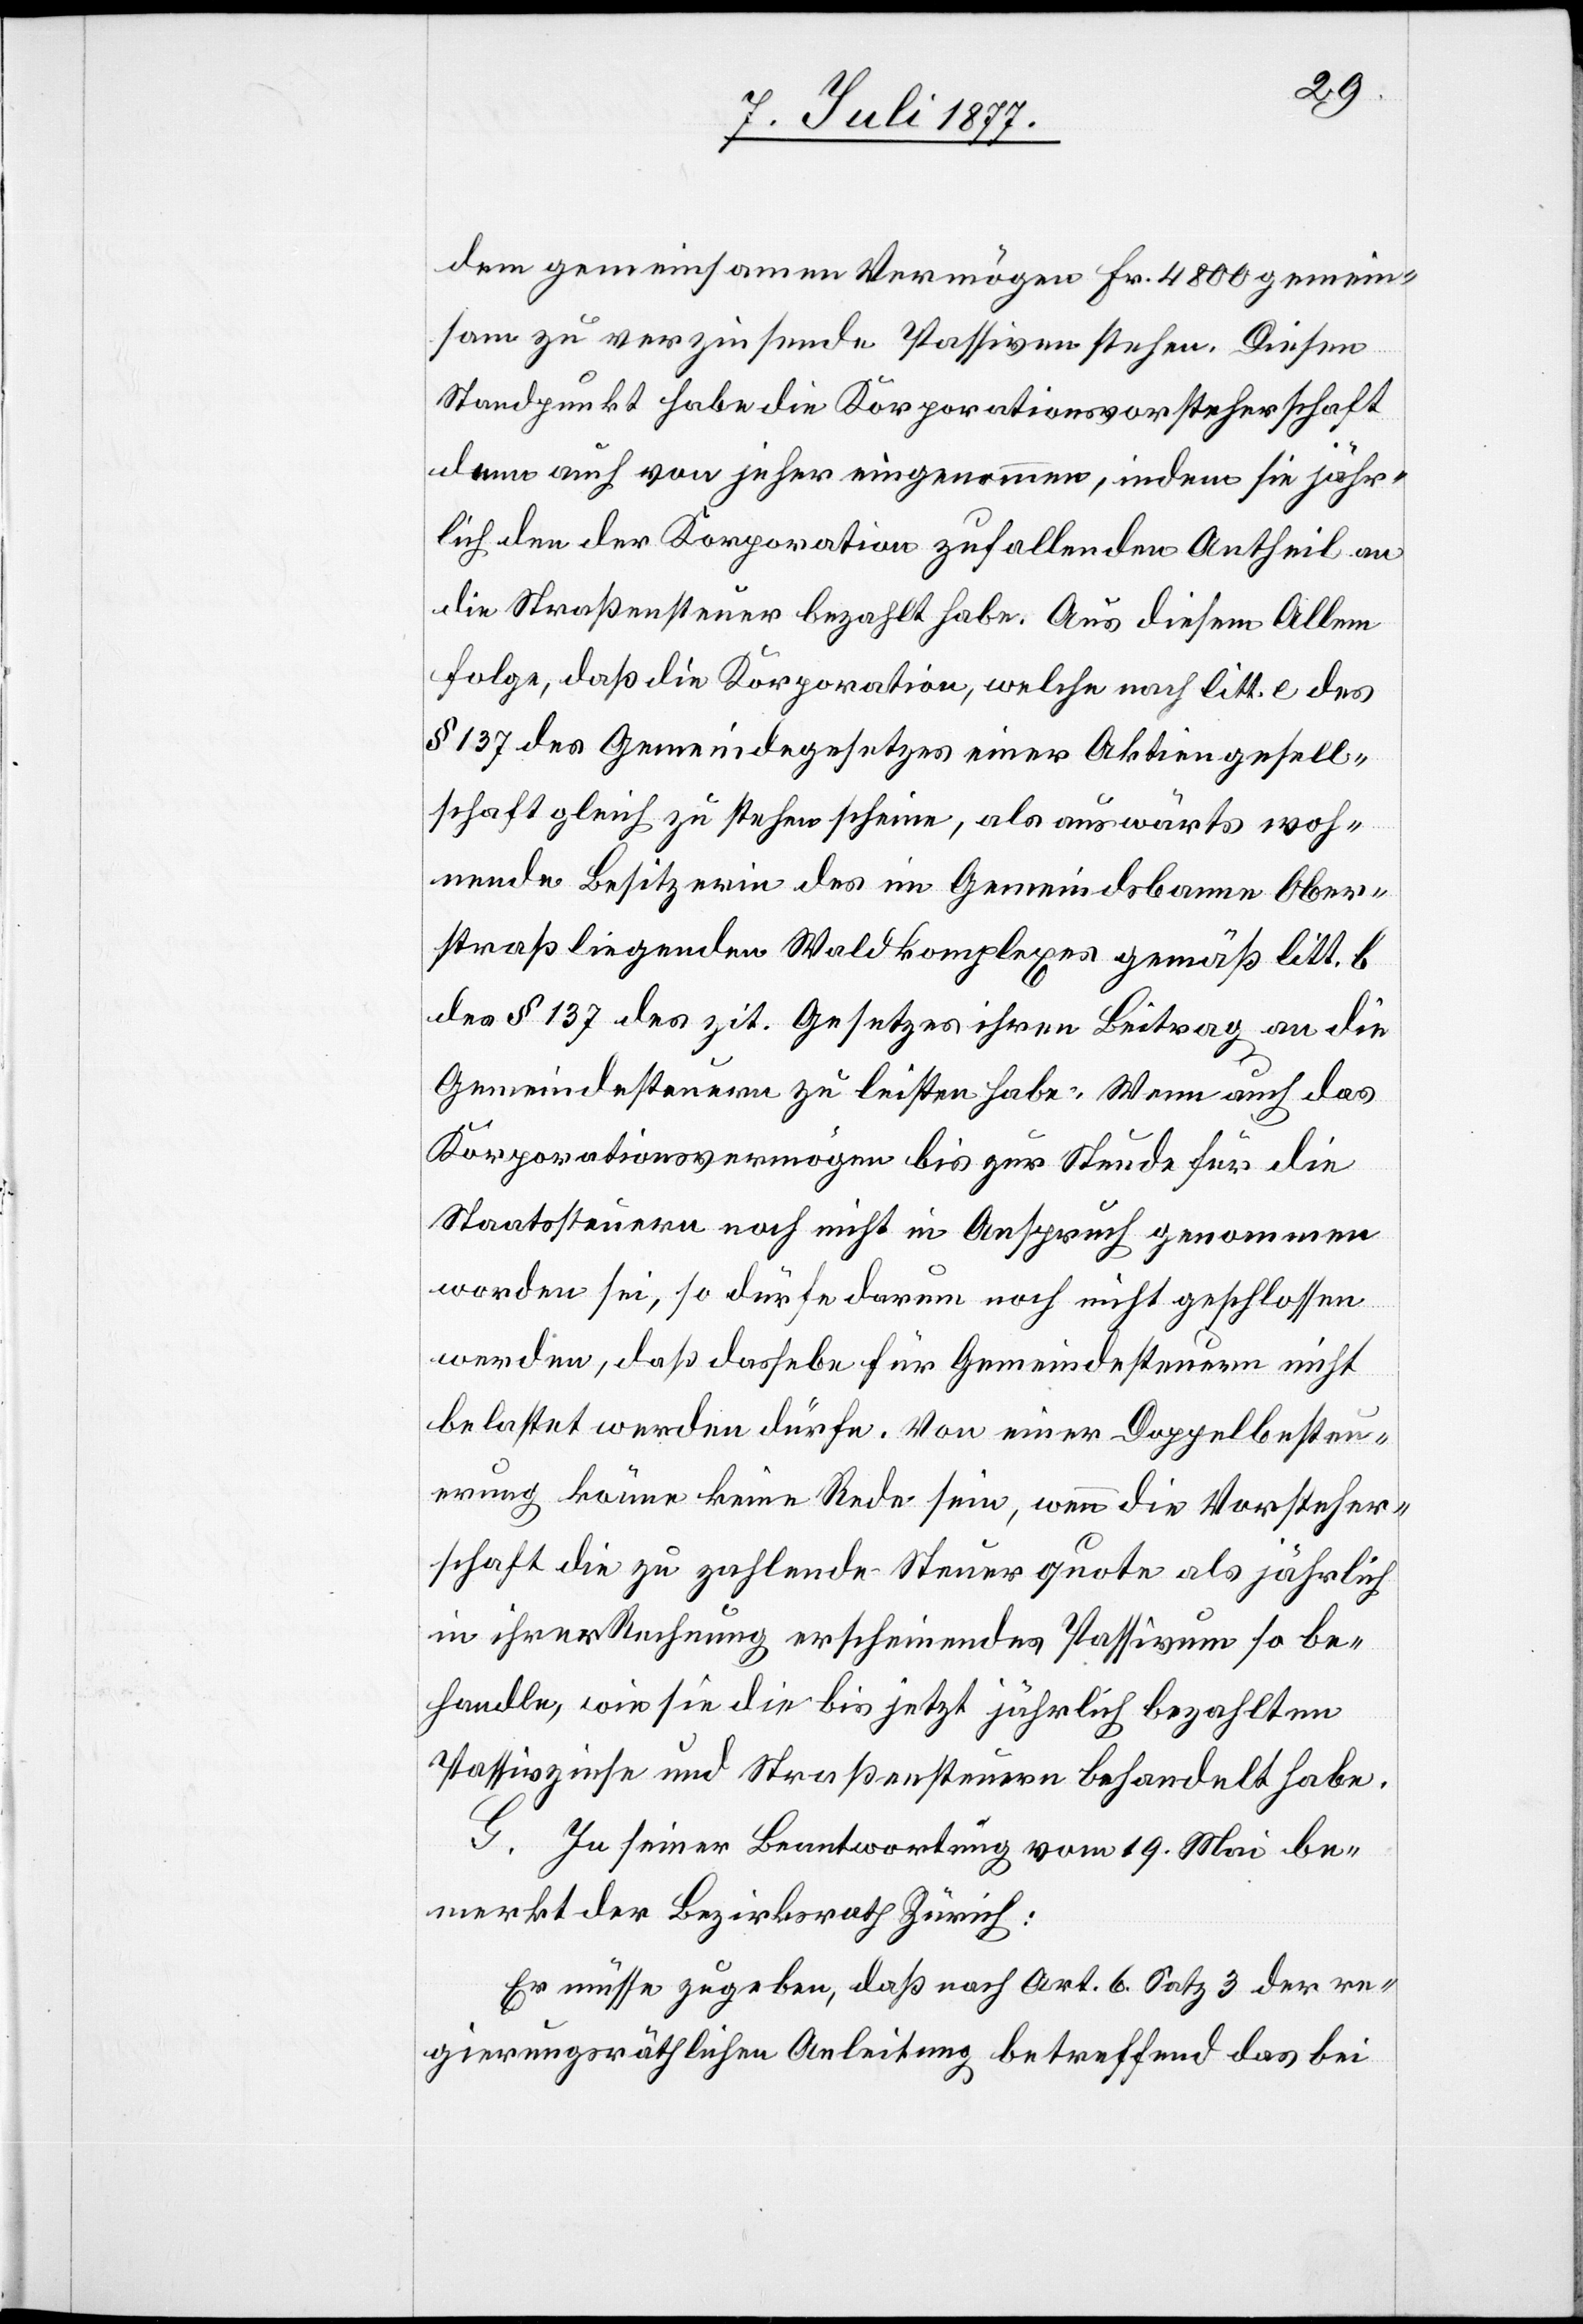
dem gemeinsamen Vermögen Fr. 4800 gemein¬
sam zu verzinsende Passiven stehen. Diesen
Standpunkt habe die Korporationsvorsteherschaft
dann auch von jeher eingenommen, indem sie jähr¬
lich den der Korporation zufallenden Antheil an
die Straßensteuer bezahlt habe. Aus diesem Allem
folge, daß die Korporation, welche nach litt. e des
§ 137 des Gemeindegesetzes einer Aktiengesell¬
schaft gleich zu stehen scheine, als auswärts woh¬
nende Besitzerin des im Gemeindsbanne Ober¬
straß liegenden Waldkomplexes gemäß litt. b
des § 137 des zit. Gesetzes ihren Beitrag an die
Gemeindesteuern zu leisten habe. Wenn auch das
Korporationsvermögen bis zur Stunde für die
Staatssteuern noch nicht in Anspruch genommen
worden sei, so dürfe darum noch nicht geschlossen
werden, daß dasse[l]be für Gemeindesteuern nicht
belastet werden dürfe. Von einer Doppelbesteu¬
erung könne keine Rede sein, wenn die Vorsteher¬
schaft die zu zahlende Steuerquote als jährlich
in ihrer Rechnung erscheinendes Passivum so be¬
handle, wie sie die bis jetzt jährlich bezahlten
Passivzinse und Straßensteuern behandelt habe.
G. In seiner Beantwortung vom 19. Mai be¬
merkt der Bezirksrath Zürich:
Er müsse zugeben, daß nach Art. 6 Satz 3 der re¬
gierungsräthlichen Anleitung betreffend das bei